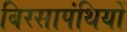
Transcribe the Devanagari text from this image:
बिरसापंथियों